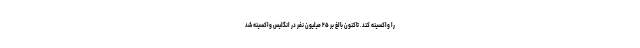
را واکسینه کند. تاکنون بالغ بر ۲۵ میلیون نفر در انگلیس واکسینه شد